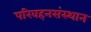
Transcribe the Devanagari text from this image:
परिवहनसंस्थान